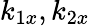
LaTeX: k_{1x},k_{2x}